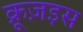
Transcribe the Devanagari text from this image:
क्रूज़इस